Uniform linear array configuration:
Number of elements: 24
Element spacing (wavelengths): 0.75
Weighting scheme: binomial
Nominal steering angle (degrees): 60
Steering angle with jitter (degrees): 61.629
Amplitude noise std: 0.05
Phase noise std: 0.05

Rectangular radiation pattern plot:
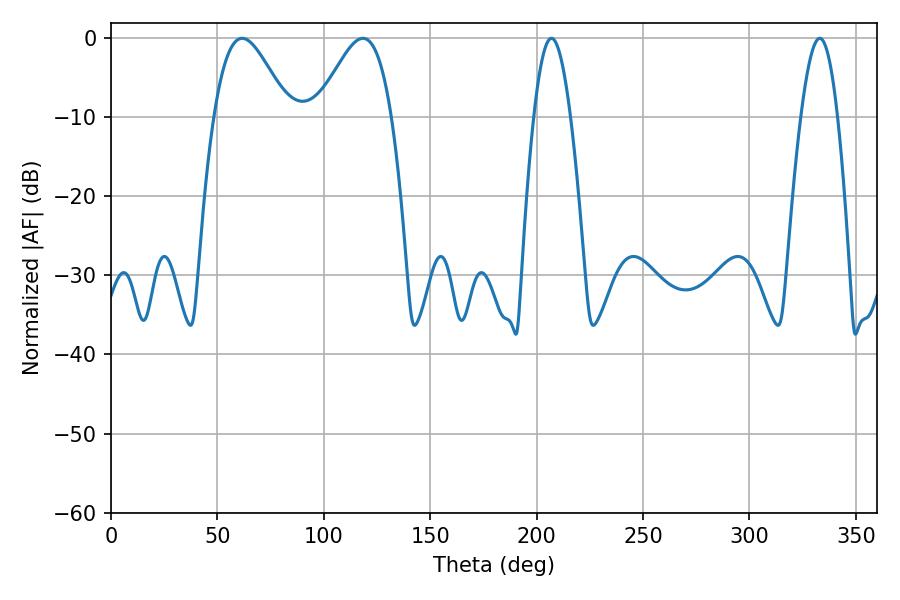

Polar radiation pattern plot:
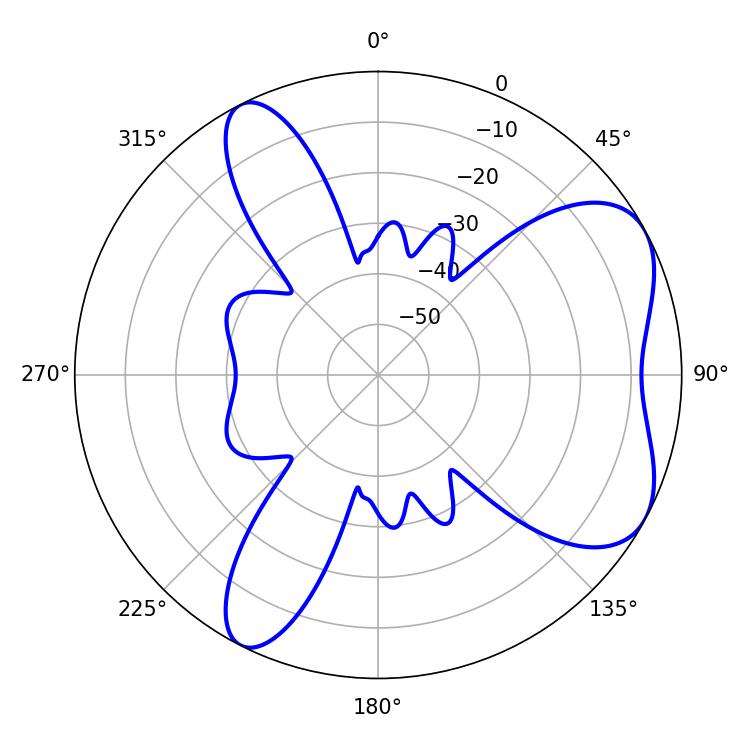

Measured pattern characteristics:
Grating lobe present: TRUE
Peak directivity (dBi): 5.977
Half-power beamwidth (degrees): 9.36
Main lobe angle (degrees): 207